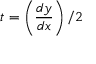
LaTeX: t = \left( { \frac { d y } { d x } } \right) / 2